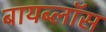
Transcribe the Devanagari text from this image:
बायब्लॉस